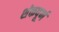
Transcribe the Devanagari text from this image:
शंकपूर्ण